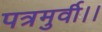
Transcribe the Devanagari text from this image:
पत्रमुर्वी।।